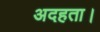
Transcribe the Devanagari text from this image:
अदहता।